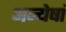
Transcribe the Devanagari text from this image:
अन्येषां